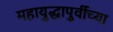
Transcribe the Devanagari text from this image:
महायुद्धापुर्वीच्या